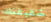
شقيقتك